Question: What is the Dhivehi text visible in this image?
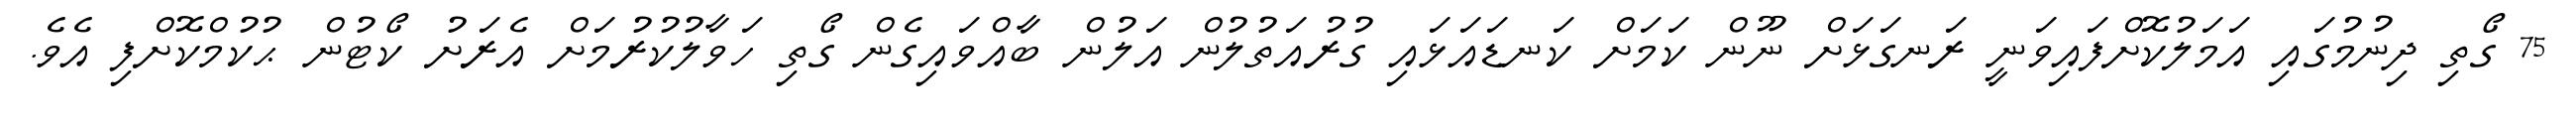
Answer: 75 ގޯތި ދިނުމުގައި އަމަލުކޮށްފައިވަނީ ރަނގަޅަށް ނޫން ކަމަށް ކަނޑައަޅައި ގުރުއަތުލުން އަލުން ބާއްވައިގެން ގޯތި ހަވާލުކުރުމަށް އެރަށު ކޯޓުން ޙުކުމްކޮށްފި އެވެ.